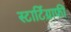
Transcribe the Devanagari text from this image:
स्टार्टिग्राफी